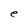
Character: e